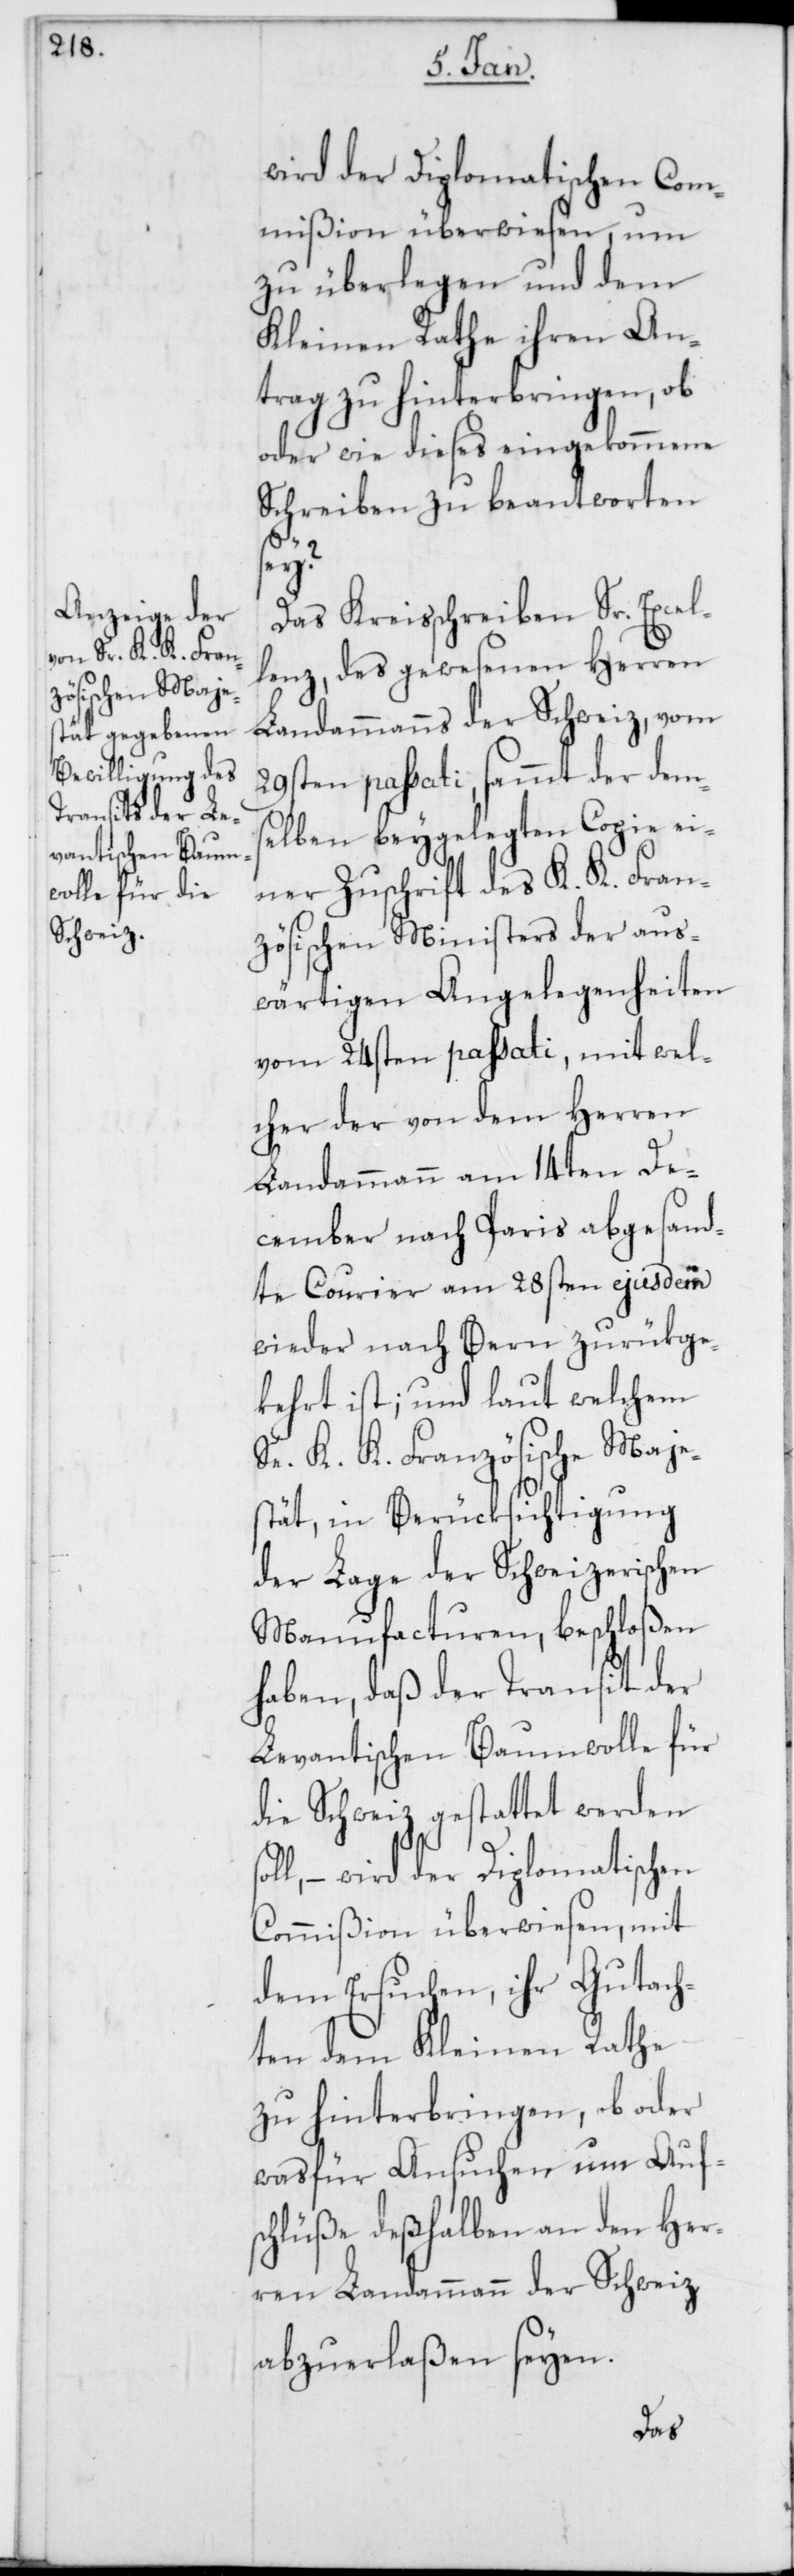
wird der Diplomatischen Com¬
mißion überwiesen, um
zu überlegen und dem
Kleinen Rathe ihren An¬
trag zu hinterbringen, ob
oder wie dieses eingekommene
Schreiben zu beantworten
sey?
Das Kreisschreiben Sr. Excel¬
lenz, des gewesenen Herren
Landammanns der Schweiz, vom
29sten passati, sammt der dems¬
elben beygelegten Copie ei¬
ner Zuschrift des K. K. Fran¬
zösischen Ministers der aus¬
wärtigen Angelegenheiten
vom 24sten passati, mit wel¬
cher der von dem Herren
Landammann am 14ten De¬
cember nach Paris abgesand¬
te Courier am 28sten ejusdem
wieder nach Bern zurükge¬
kehrt ist; und laut welchem
Se. K. K. Französische Maje¬
stät, in Berüksichtigung
der Lage der Schweizerischen
Manufacturen, beschloßen
haben, daß der Transit der
Levantischen Baumwolle für
die Schweiz gestattet werden s¬
oll, – wird der Diplomatischen
Commißion überwiesen, mit
dem Ersuchen, ihr Gutach¬
ten dem Kleinen Rathe
zu hinterbringen, ob oder
was für Ansuchen um Auf¬
schlüße deßhalben an den Her¬
ren Landammann der Schweiz
abzuerlaßen seyen.